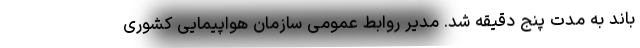
باند به مدت پنج دقیقه شد. مدیر روابط عمومی سازمان هواپیمایی کشوری